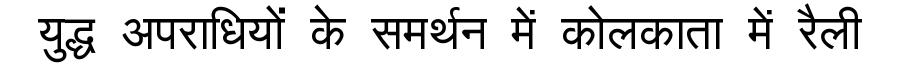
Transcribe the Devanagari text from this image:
युद्ध अपराधियों के समर्थन में कोलकाता में रैली